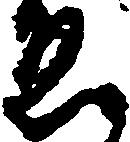
ゑ